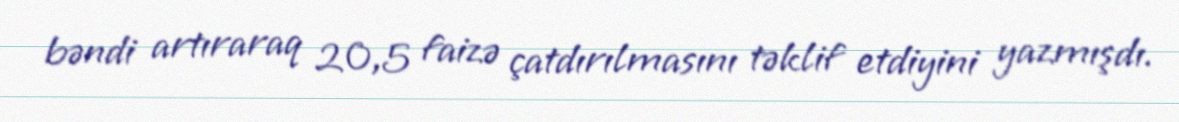
bəndi artıraraq 20,5 faizə çatdırılmasını təklif etdiyini yazmışdı.